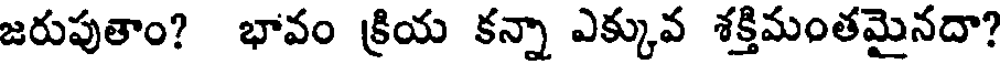
జరుపుతాం? భావం క్రియ కన్నా ఎక్కువ శక్తిమంతమైనదా?